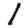
Digit: 1